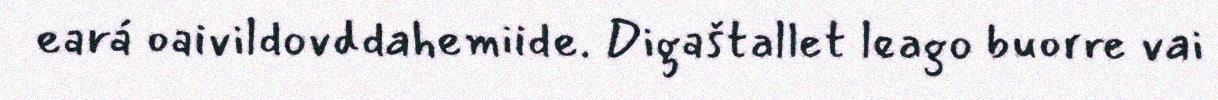
eará oaivildovddahemiide. Digaštallet leago buorre vai